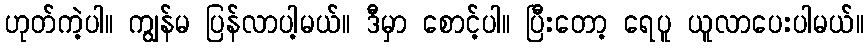
ဟုတ်ကဲ့ပါ။ ကျွန်မ ပြန်လာပါ့မယ်။ ဒီမှာ စောင့်ပါ။ ပြီးတော့ ရေပူ ယူလာပေးပါမယ်။